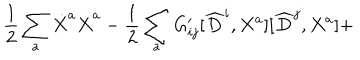
LaTeX: \frac { 1 } { 2 } \sum _ { a } \dot { X } ^ { a } \dot { X } ^ { a } - \frac { 1 } { 2 } \sum _ { a } G _ { i j } ^ { \prime } [ \widehat { D } ^ { i } , X ^ { a } ] [ \widehat { D } ^ { j } , X ^ { a } ] +